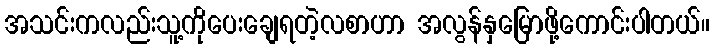
အသင်းကလည်းသူ့ကိုပေးချေရတဲ့လစာဟာ အလွန်နှမြောဖို့ကောင်းပါတယ်။